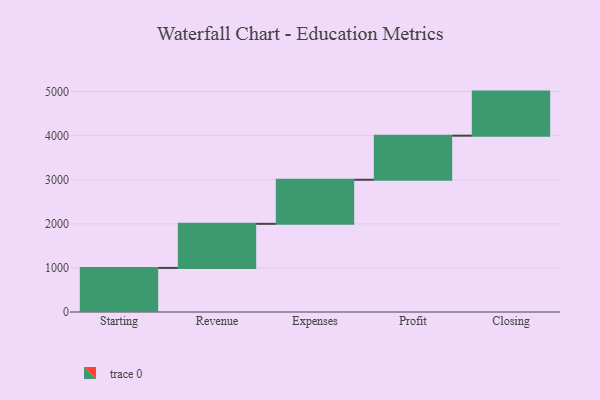
{"axis": {"x": "Step", "y": "Value"}, "legend": [""], "data": [{"x": "Starting", "y": 1000, "type": ""}, {"x": "Revenue", "y": 1000, "type": ""}, {"x": "Expenses", "y": 1000, "type": ""}, {"x": "Profit", "y": 1000, "type": ""}, {"x": "Closing", "y": 1000, "type": ""}]}